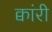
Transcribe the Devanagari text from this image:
क्वांरी